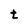
Character: t